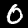
Label: 0